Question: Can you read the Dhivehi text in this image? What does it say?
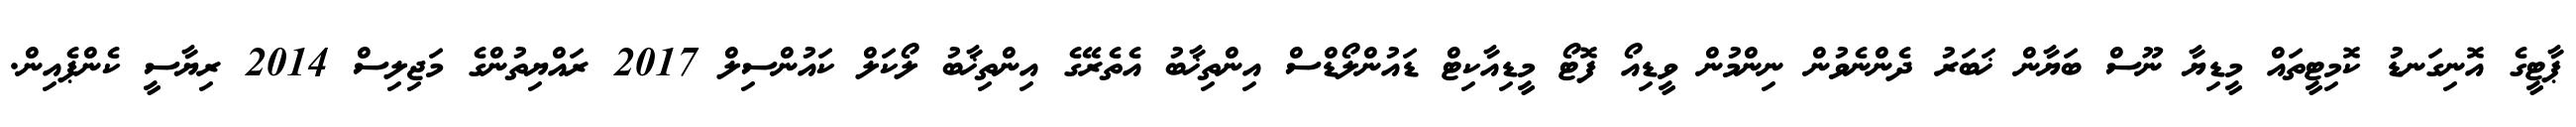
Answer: ޕާޓީގެ އޮނިގަނޑު ކޮމިޓީތައް މީޑިޔާ ނޫސް ބަޔާން ޚަބަރު ދެންނެވުން ނިންމުން ވީޑިއޯ ފޮޓޯ މީޑިއާކިޓް ޑައުންލޯޑްސް އިންތިޚާބު އެތެރޭގެ އިންތިޚާބު ލޯކަލް ކައުންސިލް 2017 ރައްޔިތުންގެ މަޖިލިސް 2014 ރިޔާސީ ކެންޕެއިން.